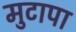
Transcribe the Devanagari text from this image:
मुटापा